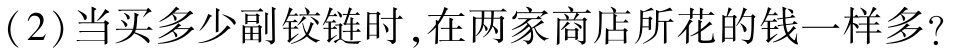
(2)当买多少副铰链时,在两家商店所花的钱一样多?